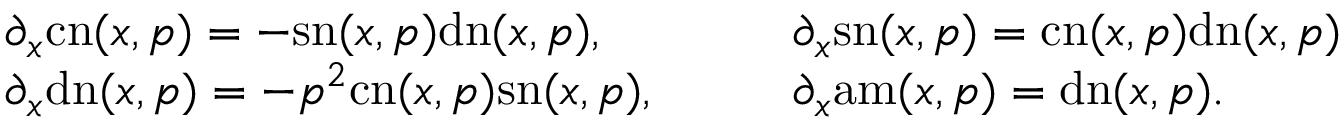
\begin{array} { r l r l } & { \partial _ { x } \mathrm { c n } ( x , p ) = - \mathrm { s n } ( x , p ) \mathrm { d n } ( x , p ) , \qquad } & & { \partial _ { x } \mathrm { s n } ( x , p ) = \mathrm { c n } ( x , p ) \mathrm { d n } ( x , p ) } \\ & { \partial _ { x } \mathrm { d n } ( x , p ) = - p ^ { 2 } \mathrm { c n } ( x , p ) \mathrm { s n } ( x , p ) , } & & { \partial _ { x } \mathrm { a m } ( x , p ) = \mathrm { d n } ( x , p ) . } \end{array}